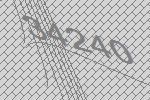
34240